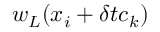
\boldsymbol { w } _ { L } ( \boldsymbol { x } _ { i } + \delta t \boldsymbol { c } _ { k } )